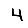
Digit: 4